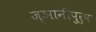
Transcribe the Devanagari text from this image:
ज्ञानीपुरुष